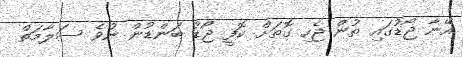
އޭނާ ޖޯޑުގައި ތުން ޖެހި ގޮތަށް ކޮފީ ޖޯޑު ބަންޑުން ނުވެ ސަލާމަތް